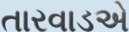
તારવાડએ